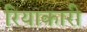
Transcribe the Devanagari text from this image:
रियाकारी